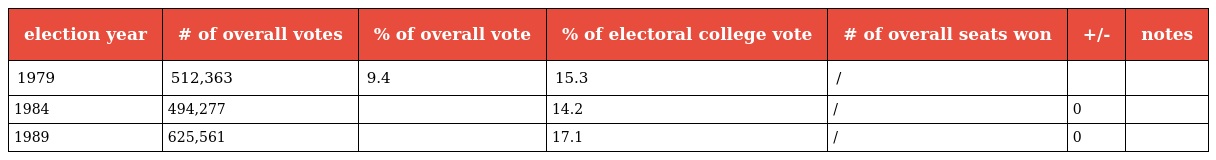
| election year | # of overall votes | % of overall vote | % of electoral college vote | # of overall seats won | +/- | notes |
 | --- | --- | --- | --- | --- | --- | --- |
 | 1979 | 512,363 | 9.4 | 15.3 | / |  |  |
 | 1984 | 494,277 |  | 14.2 | / | 0 |  |
 | 1989 | 625,561 |  | 17.1 | / | 0 |  |